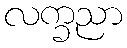
လက္ခညာ